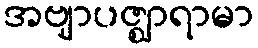
အဗျာပဇ္ဈာရာမာ